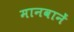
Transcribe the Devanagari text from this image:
मानवानें